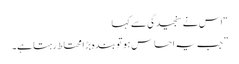
“ اس نے سنجیدگی سے کہا
”جب یہ احساس ہو تو بندہ بڑا محتاط رہتا ہے۔